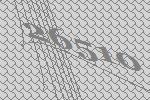
26510